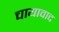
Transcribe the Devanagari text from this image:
चायावाद